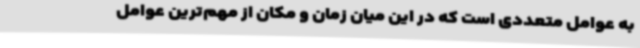
به عوامل متعددی است که در این میان زمان و مکان از مهم‌ترین عوامل